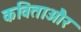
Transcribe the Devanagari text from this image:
कविताऔर